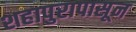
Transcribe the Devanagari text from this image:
शहापुरापासून